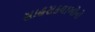
સાહસકથાઓનો